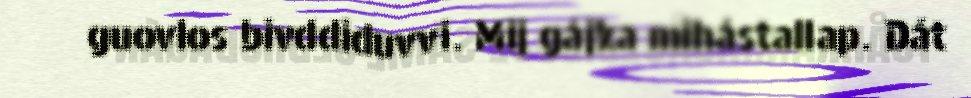
guovlos bivddiduvvi. Mij gájka mihástallap. Dát